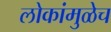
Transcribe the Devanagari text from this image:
लोकांमुळेच